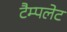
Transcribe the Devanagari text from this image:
टैम्पलेट